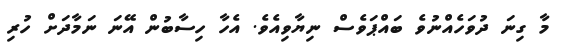
މާ ގިނަ ދުވަހެއްނުވެ ބައްޕަވެސް ނިޔާވިއެވެ. އެހާ ހިސާބުން އޭނަ ނަމާދަށް ހުރި